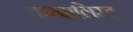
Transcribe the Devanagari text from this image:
कब्बालिस्ट